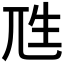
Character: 𰍭